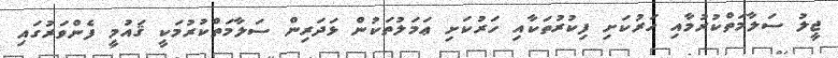
ޖީލު ސަލާމަތްކުރުމާއި ހަރުކަށި ފިކުރުތަކާއި ހަރުކަށި ޢަމަލުތަކުން ޅަދަރިން ސަލާމަތްކުރުމަކީ ޤައުމީ ފެންވަރުގައި